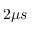
2 \mu s